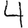
Digit: 4